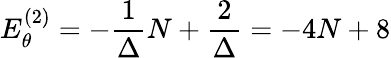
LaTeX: E_{\theta}^{(2)}=-\frac{1}{\Delta}N+\frac{2}{\Delta}=-4N+8